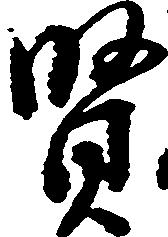
賢